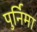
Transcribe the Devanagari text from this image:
पुर्निमा